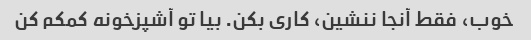
خوب، فقط آنجا ننشین، کاری بکن. بیا تو آشپزخونه کمکم کن